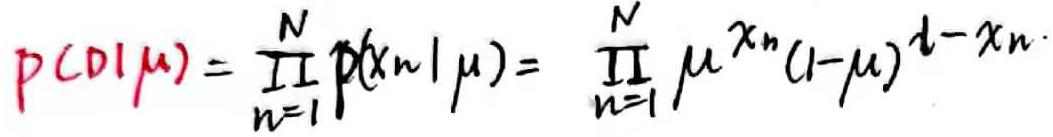
\[
p(D|\mu)=\prod_{n = 1}^{N}p(x_n|\mu)=\prod_{n = 1}^{N}\mu^{x_n}(1 - \mu)^{1 - x_n}
\]